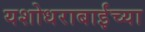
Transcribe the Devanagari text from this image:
यशोधराबाईंच्या